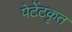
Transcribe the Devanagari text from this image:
पेटेंटकृत